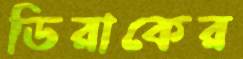
ডিরাকের